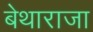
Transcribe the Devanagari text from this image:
बेथाराजा